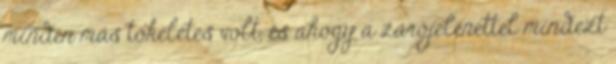
minden más tökéletes volt, és ahogy a zárójelenettel mindezt